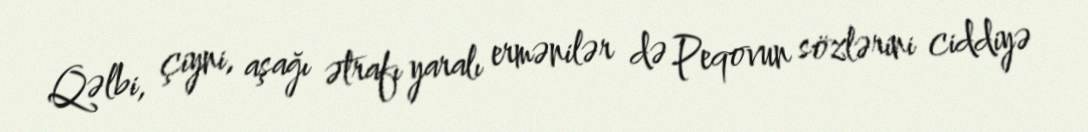
Qəlbi, çiyni, aşağı ətrafı yaralı ermənilər də Peqovun sözlərini ciddiyə